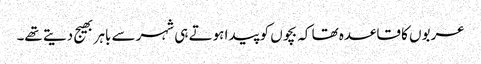
عربوں کا قاعدہ تھا کہ بچوں کو پیدا ہوتے ہی شہر سے باہر بھیج دیتے تھے۔